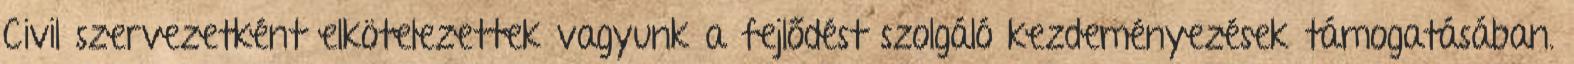
Civil szervezetként elkötelezettek vagyunk a fejlődést szolgáló kezdeményezések támogatásában.